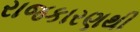
રાજકારણથી